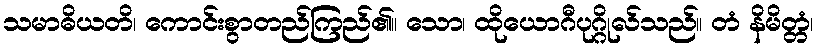
သမာဓိယတိ၊ ကောင်းစွာတည်ကြည်၏။ သော၊ ထိုယောဂီပုဂ္ဂိုလ်သည်။ တံ နိမိတ္တံ၊